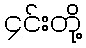
၄င်းတို့